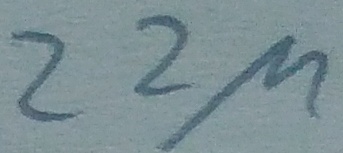
Text: 22µ